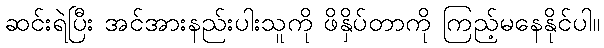
ဆင်းရဲပြီး အင်အားနည်းပါးသူကို ဖိနှိပ်တာကို ကြည့်မနေနိုင်ပါ။